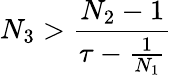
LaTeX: N_{3}>\frac{N_{2}-1}{\tau-\frac{1}{N_{1}}}